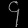
Digit: ၄